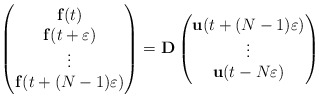
\begin{align*}\begin{pmatrix}\mathbf{f}(t)\\\mathbf{f}(t+\varepsilon)\\\vdots\\\mathbf{f}(t+(N-1)\varepsilon)\end{pmatrix}=\mathbf{D}\begin{pmatrix}\mathbf{u}(t+(N-1)\varepsilon)\\\vdots\\\mathbf{u}(t-N\varepsilon)\end{pmatrix} \end{align*}